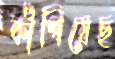
কাঁপিয়েছ